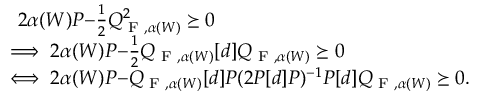
\begin{array} { r l } & { 2 \alpha ( W ) P { - } \frac { 1 } { 2 } Q _ { \textup { F } , \alpha ( W ) } ^ { 2 } \succeq 0 } \\ & { \! \! \! \! \implies 2 \alpha ( W ) P { - } \frac { 1 } { 2 } Q _ { \textup { F } , \alpha ( W ) } [ d ] Q _ { \textup { F } , \alpha ( W ) } \succeq 0 } \\ & { \! \! \! \! \iff 2 \alpha ( W ) P { - } Q _ { \textup { F } , \alpha ( W ) } [ d ] P ( 2 P [ d ] P ) ^ { - 1 } P [ d ] Q _ { \textup { F } , \alpha ( W ) } \succeq 0 . } \end{array}